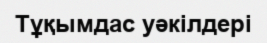
Тұқымдас уәкілдері